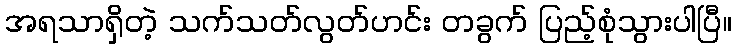
အရသာရှိတဲ့ သက်သတ်လွတ်ဟင်း တခွက် ပြည့်စုံသွားပါပြီ။